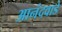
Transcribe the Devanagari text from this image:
आनंदवाडे